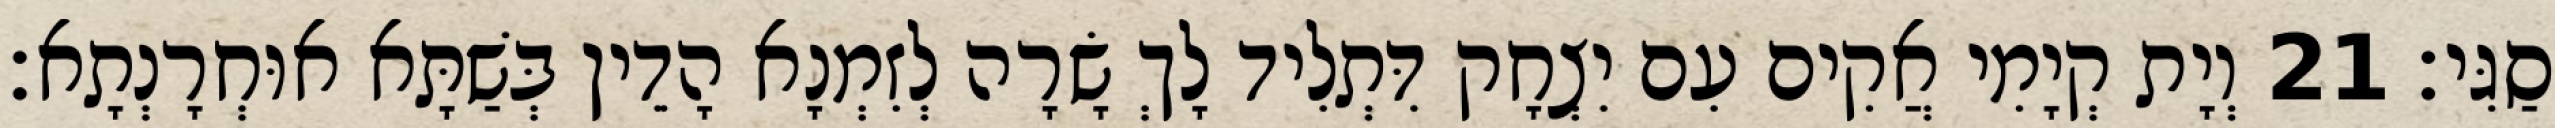
סַגִּי׃ 21 וְיָת קְיָמִי אֲקִים עִם יִצְחָק דִּתְלִיד לָךְ שָׂרָה לְזִמְנָא הָדֵין בְּשַׁתָּא אוּחְרָנְתָא׃